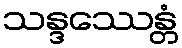
သန္ဒဿေန္တံ